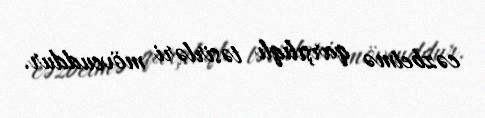
cəzbetmə qarşılıqlı təsirləri mövcuddur.